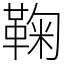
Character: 鞠